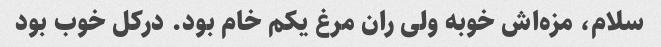
سلام، مزه‌اش خوبه ولی ران مرغ یکم خام بود. درکل خوب بود